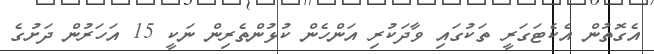
އެގޮތުން އެކެޓަގަރީ ތަކުގައި ވާދަކުރި އަންހެން ކުޅުންތެރިން ނަކީ 15 އަހަރުން ދަށުގެ